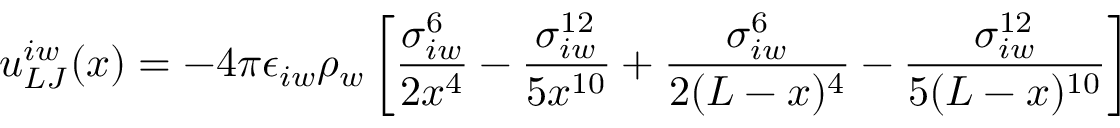
u _ { L J } ^ { i w } ( x ) = - 4 \pi \epsilon _ { i w } \rho _ { w } \left[ \frac { \sigma _ { i w } ^ { 6 } } { 2 x ^ { 4 } } - \frac { \sigma _ { i w } ^ { 1 2 } } { 5 x ^ { 1 0 } } + \frac { \sigma _ { i w } ^ { 6 } } { 2 ( L - x ) ^ { 4 } } - \frac { \sigma _ { i w } ^ { 1 2 } } { 5 ( L - x ) ^ { 1 0 } } \right]